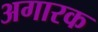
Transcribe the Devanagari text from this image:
अगारक